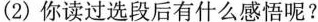
(2)你读过选段后有什么感悟呢?